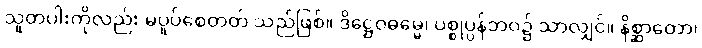
သူတပါးကိုလည်း မပူပ်စေတတ် သည်ဖြစ်။ ဒိဋ္ဌေဝဓမ္မေ၊ ပစ္စုပ္ပန်ဘဝ၌ သာလျှင်။ နိစ္ဆာတော၊